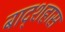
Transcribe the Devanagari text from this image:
बाद्शहास